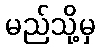
မည်သို့မှ